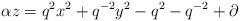
LaTeX: \begin{align*}\alpha z = q^2 x^2 + q^{-2} y^2 - q^2 - q^{-2} + \partial\end{align*}